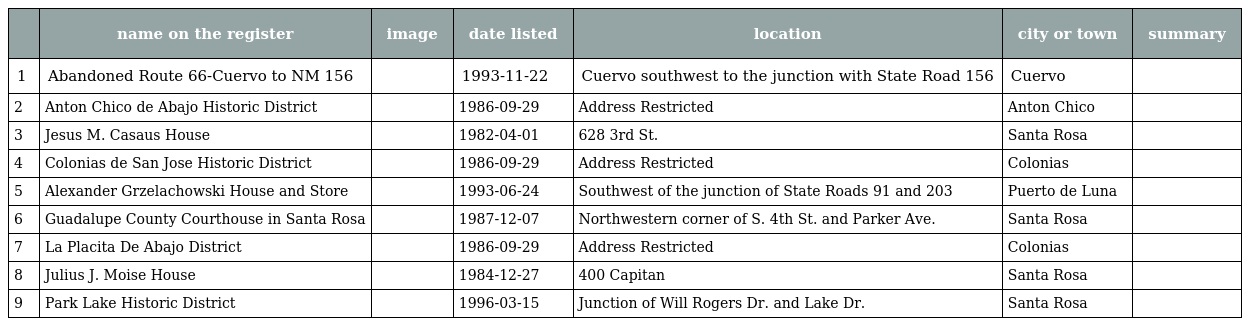
|  | name on the register | image | date listed | location | city or town | summary |
 | --- | --- | --- | --- | --- | --- | --- |
 | 1 | Abandoned Route 66-Cuervo to NM 156 |  | 1993-11-22 | Cuervo southwest to the junction with State Road 156 | Cuervo |  |
 | 2 | Anton Chico de Abajo Historic District |  | 1986-09-29 | Address Restricted | Anton Chico |  |
 | 3 | Jesus M. Casaus House |  | 1982-04-01 | 628 3rd St. | Santa Rosa |  |
 | 4 | Colonias de San Jose Historic District |  | 1986-09-29 | Address Restricted | Colonias |  |
 | 5 | Alexander Grzelachowski House and Store |  | 1993-06-24 | Southwest of the junction of State Roads 91 and 203 | Puerto de Luna |  |
 | 6 | Guadalupe County Courthouse in Santa Rosa |  | 1987-12-07 | Northwestern corner of S. 4th St. and Parker Ave. | Santa Rosa |  |
 | 7 | La Placita De Abajo District |  | 1986-09-29 | Address Restricted | Colonias |  |
 | 8 | Julius J. Moise House |  | 1984-12-27 | 400 Capitan | Santa Rosa |  |
 | 9 | Park Lake Historic District |  | 1996-03-15 | Junction of Will Rogers Dr. and Lake Dr. | Santa Rosa |  |